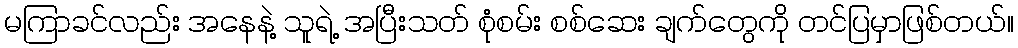
မကြာခင်လည်း အနေနဲ့ သူရဲ့ အပြီးသတ် စုံစမ်း စစ်ဆေး ချက်တွေကို တင်ပြမှာဖြစ်တယ်။